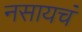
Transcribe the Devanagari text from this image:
नसायचं